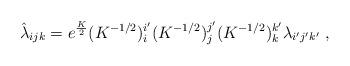
LaTeX: \begin{align*}\hat \lambda_{ijk} = e^{K \over 2} (K^{-1/2})^{i'}_i (K^{-1/2})^{j'}_j(K^{-1/2})^{k'}_k \lambda_{i'j'k'} \ ,\end{align*}